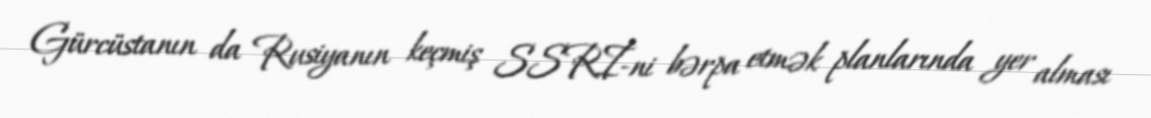
Gürcüstanın da Rusiyanın keçmiş SSRİ-ni bərpa etmək planlarında yer alması